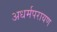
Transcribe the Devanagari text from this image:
अधर्मपरायण